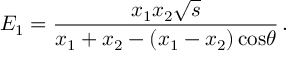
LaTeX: E _ { 1 } = \frac { x _ { 1 } x _ { 2 } { \sqrt s } } { x _ { 1 } + x _ { 2 } - ( x _ { 1 } - x _ { 2 } ) \, \mathrm { c o s } \theta } \, .